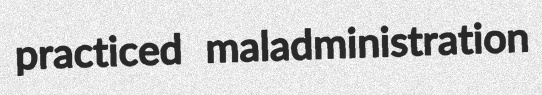
practiced maladministration